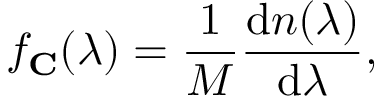
f _ { \mathbf { C } } ( \lambda ) = \frac { 1 } { M } \frac { \mathrm { d } n ( \lambda ) } { \mathrm { d } \lambda } ,